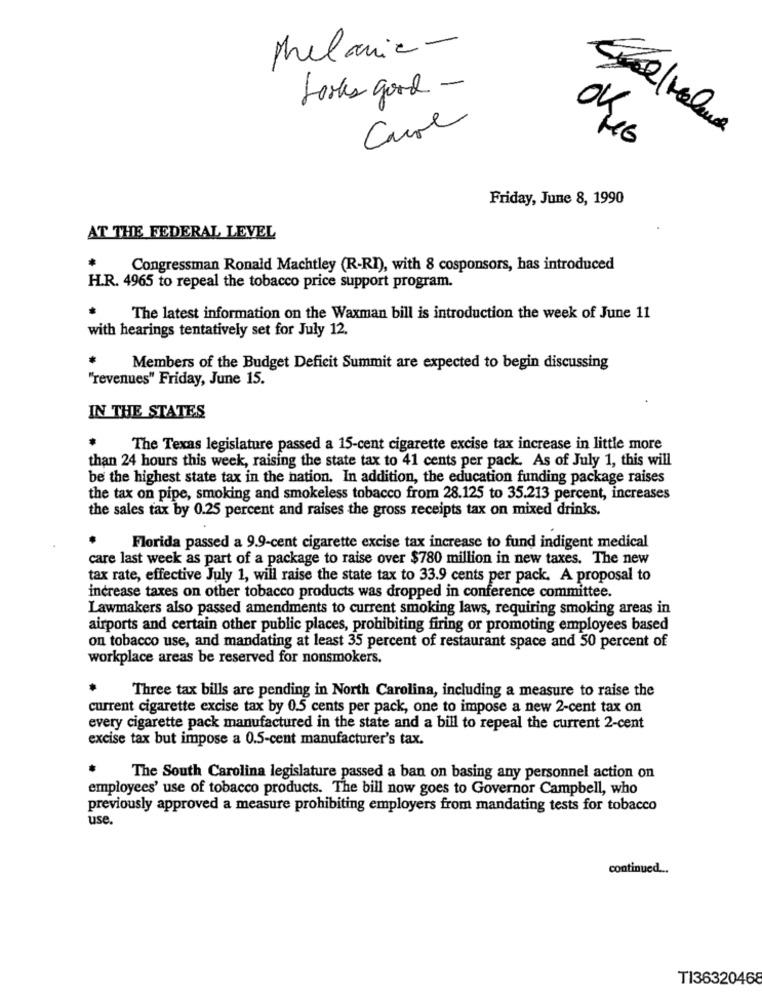
phelanic-
Looks good -
Carre
Friday, June 8, 1990
AT THE FEDERAL LEVEL
Congressman Ronald Machtley (R-RI), with 8 cosponsors, has introduced
H.R. 4965 to repeal the tobacco price support program.
The latest information on the Waxman bill is introduction the week of June 11
with hearings tentatively set for July 12.
Members of the Budget Deficit Summit are expected to begin discussing
"revenues" Friday, June 15.
IN THE STATES
The Texas legislature passed a 15-cent cigarette excise tax increase in little more
than 24 hours this week, raising the state tax to 41 cents per pack. As of July 1, this will
be the highest state tax in the nation. In addition, the education funding package raises
the tax on pipe, smoking and smokeless tobacco from 28.125 to 35.213 percent, increases
the sales tax by 0.25 percent and raises the gross receipts tax on mixed drinks.
Florida passed a 9.9-cent cigarette excise tax increase to fund indigent medical
care last week as part of a package to raise over $780 million in new taxes. The new
tax rate, effective July 1, will raise the state tax to 33.9 cents per pack. A proposal to
increase taxes on other tobacco products was dropped in conference committee.
Lawmakers also passed amendments to current smoking laws, requiring smoking areas in
airports and certain other public places, prohibiting firing or promoting employees based
on tobacco use, and mandating at least 35 percent of restaurant space and 50 percent of
workplace areas be reserved for nonsmokers.
Three tax bills are pending in North Carolina, including a measure to raise the
current cigarette excise tax by 0.5 cents per pack, one to impose a new 2-cent tax on
every cigarette pack manufactured in the state and a bill to repeal the current 2-cent
excise tax but impose a 0.5-cent manufacturer's tax.
The South Carolina legislature passed a ban on basing any personnel action on
employees' use of tobacco products. The bill now goes to Governor Campbell, who
previously approved a measure prohibiting employers from mandating tests for tobacco
use.
continued ...
TI36320468